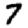
Digit: 7